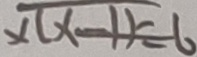
x ( x - 1 ) = 6